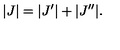
| J | = | J ^ { \prime } | + | J ^ { \prime \prime } | .